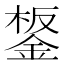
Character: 𨧸